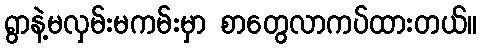
ရွာနဲ့မလှမ်းမကမ်းမှာ စာတွေလာကပ်ထားတယ်။